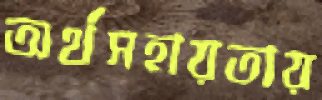
অর্থসহায়তায়